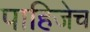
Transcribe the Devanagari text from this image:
पाहिजेच